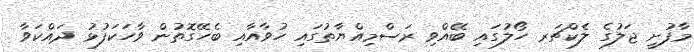
މާފުށީ ޖަލުގެ ލެކްޗަރ ހޯލުގައި ބޭއްވި ރަސްމިއްޔާތުގައި ހުވާއާއި ބެހޭގޮތުން ވާހަކަފުޅު ދައްކަވާ